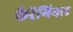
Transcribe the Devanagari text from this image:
फैरेंगियल